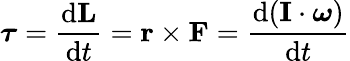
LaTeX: {\boldsymbol{\tau}}={\frac{\mathrm{{d}}\mathbf{L}}{\mathrm{{d}}t}}=\mathbf{r}\times\mathbf{F}={\frac{\mathrm{{d}}(\mathbf{I}\cdot{\boldsymbol{\omega}})}{\mathrm{{d}}t}}